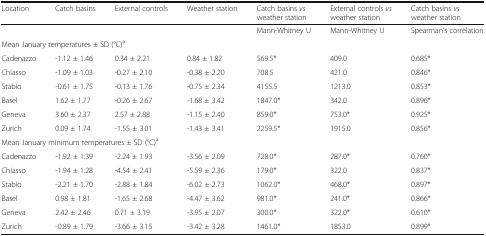
| Location | Catch basins | External controls | Weather station | Catch basins vs weather station | External controls vs weather station | Catch basins vs weather station |
 | --- | --- | --- | --- | --- | --- | --- |
 |  | <COLSPAN=3>  | Mann-Whitney U | Mann-Whitney U | Spearman’s correlation |
 | <COLSPAN=7> Mean January temperatures ± SD (°C)a |
 | Cadenazzo | -1.12 ± 1.46 | 0.34 ± 2.21 | 0.84 ± 1.82 | 569.5* | 409.0 | 0.685* |
 | Chiasso | -1.09 ± 1.03 | -0.27 ± 2.10 | -0.38 ± 2.20 | 708.5 | 421.0 | 0.846* |
 | Stabio | -0.61 ± 1.75 | -0.13 ± 1.76 | -0.75 ± 2.34 | 4155.5 | 1213.0 | 0.853* |
 | Basel | 1.62 ± 1.77 | -0.26 ± 2.67 | -1.68 ± 3.42 | 1847.0* | 342.0 | 0.896* |
 | Geneva | 3.60 ± 2.37 | 2.57 ± 2.88 | -1.15 ± 2.40 | 859.0* | 753.0* | 0.925* |
 | Zurich | 0.09 ± 1.74 | -1.55 ± 3.01 | -1.43 ± 3.41 | 2259.5* | 1915.0 | 0.856* |
 | <COLSPAN=7> Mean January minimum temperatures ± SD (°C)a |
 | Cadenazzo | -1.92 ± 1.39 | -2.24 ± 1.93 | -3.56 ± 2.09 | 728.0* | 287.0* | 0.760* |
 | Chiasso | -1.94 ± 1.28 | -4.54 ± 2.41 | -5.59 ± 2.36 | 179.0* | 322.0 | 0.837* |
 | Stabio | -2.21 ± 1.70 | -2.88 ± 1.84 | -6.02 ± 2.73 | 1062.0* | 468.0* | 0.897* |
 | Basel | 0.98 ± 1.81 | -1.65 ± 2.68 | -4.47 ± 3.62 | 981.0* | 241.0* | 0.866* |
 | Geneva | 2.42 ± 2.46 | 0.71 ± 3.19 | -3.95 ± 2.07 | 300.0* | 322.0* | 0.610* |
 | Zurich | -0.89 ± 1.79 | -3.66 ± 3.15 | -3.42 ± 3.28 | 1461.0* | 1853.0 | 0.899* |